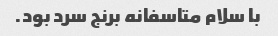
با سلام متاسفانه برنج سرد بود.